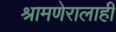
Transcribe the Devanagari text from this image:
श्रामणेरालाही